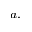
^ { a , }